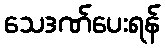
သေဒဏ်ပေးရန်